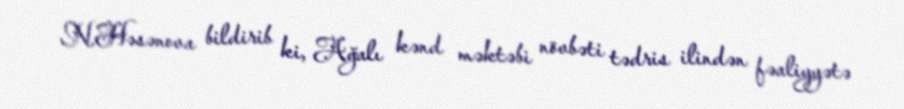
N.Həsənova bildirib ki, Ağalı kənd məktəbi növbəti tədris ilindən fəaliyyətə